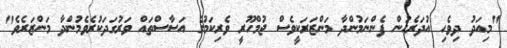
"މިއަދު ދިވެހި އުދަރެހުން ފެންނަމުންދާ މަންޒަރަކީވެސް ޖުމްހޫރީ ވެރިކަމުގެ އަސާސްތައް ވަރުގަދަކުރެވެމުންދާ މަންޒަރެވެ"